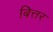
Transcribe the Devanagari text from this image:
बित्तर